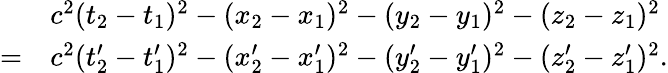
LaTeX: {\begin{array}{rl}&{c^{2}(t_{2}-t_{1})^{2}-(x_{2}-x_{1})^{2}-(y_{2}-y_{1})^{2}-(z_{2}-z_{1})^{2}}\\ {=}&{c^{2}(t_{2}^{\prime}-t_{1}^{\prime})^{2}-(x_{2}^{\prime}-x_{1}^{\prime})^{2}-(y_{2}^{\prime}-y_{1}^{\prime})^{2}-(z_{2}^{\prime}-z_{1}^{\prime})^{2}.}\end{array}}